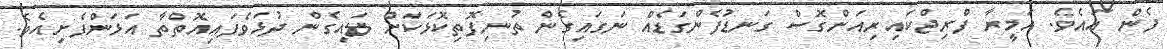
ފެން އައެވެ. އަމީރާ ފްރިޖްކައިރިއަށްގޮސް ގަނޑުފެންގަޑެއް ނަގައިގެން ތުނިފޮތިކޮޅަކަށް ލައިގެން ދުޅަވެފައިއޮތްތާ އަޅަންފެށިއެވެ.